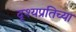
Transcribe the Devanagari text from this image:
दृश्यप्रतिच्या